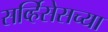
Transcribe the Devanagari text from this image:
सर्व्हिसेसच्या